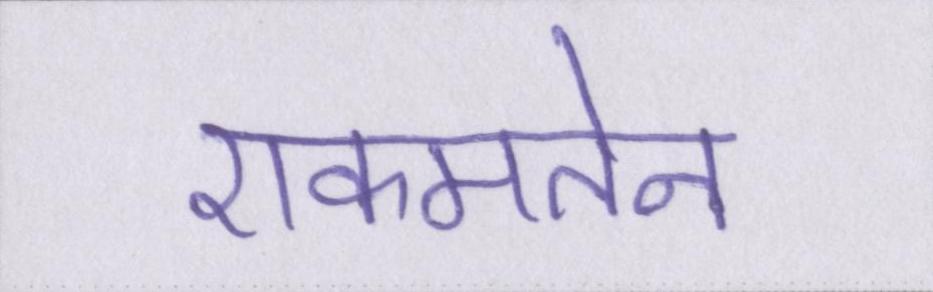
एकमतेन